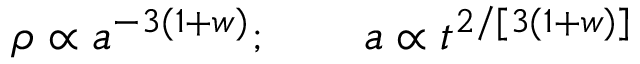
\rho \propto a ^ { - 3 ( 1 + w ) } ; \qquad a \propto t ^ { 2 / [ 3 ( 1 + w ) ] }